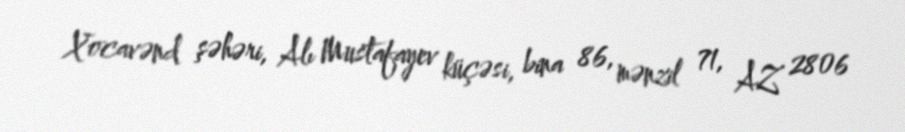
Xocavənd şəhəri, Alı Mustafayev küçəsi, bina 86, mənzil 71, AZ 2806